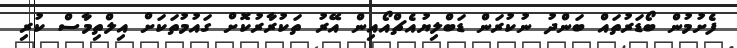
ފެށުމުން ބޯޑަރުތައް ބަންދު ނުކުރަން ޑަބްލިޔުއެޗްއޯއިން އޭރު ތަކުރާރުކޮށް ގައުމުތަކަށް އިލްތިމާސް ކުރި